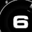
Digit: 6